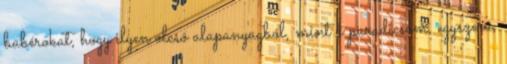
babérokat, hogy ilyen olcsó alapanyagból, mint a paradicsom, egyszerű,